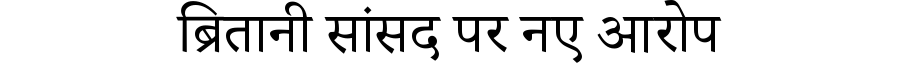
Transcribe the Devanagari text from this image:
ब्रितानी सांसद पर नए आरोप